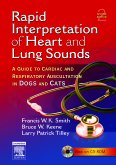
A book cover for Rapid Interpretation of Heart and Lung Sounds: A Guide to Cardiac and Respiratory Auscultation in Dogs and Cats; Francis Smith; Medical Books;